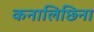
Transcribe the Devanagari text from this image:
कनालिछिना